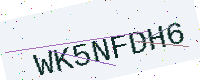
Text: WK5NFDH6